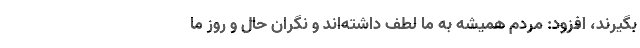
بگیرند، افزود: مردم همیشه به ما لطف داشته‌اند و نگران حال و روز ما